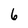
Character: 6